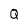
Character: Q